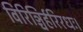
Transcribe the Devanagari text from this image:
विरिञ्चिर्हरिरधः।